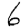
Digit: 6